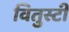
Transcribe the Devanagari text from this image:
वितुस्टी